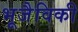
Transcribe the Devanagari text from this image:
भूजैविकी